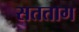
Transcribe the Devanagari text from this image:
सतताग